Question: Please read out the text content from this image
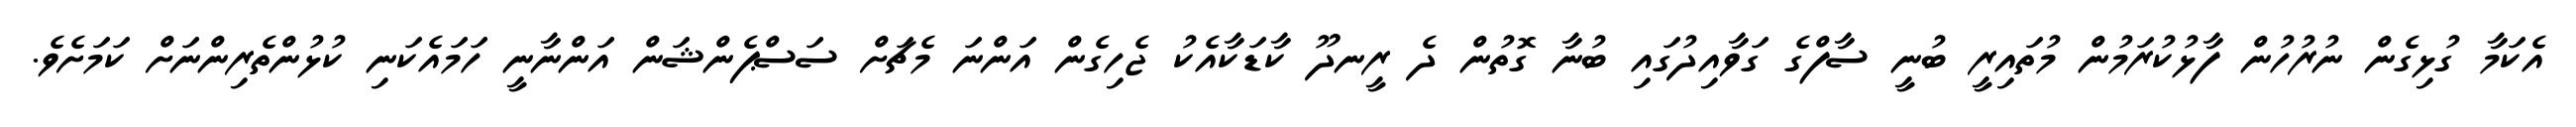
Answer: އެކަމާ ގުޅިގެން ނުރުހުން ފާޅުކުރަމުން މުތައިރީ ބުނީ ސާފްގެ ގަވާއިދުގައި ބުނާ ގޮތުން ދެ ރީނދޫ ކާޑަކާއެކު ޖެހިގެން އަންނަ މެޗަށް ސަސްޕެންޝަން އަންނާނީ ހަމައެކަނި ކުޅުންތެރިންނަށް ކަމަށެވެ.